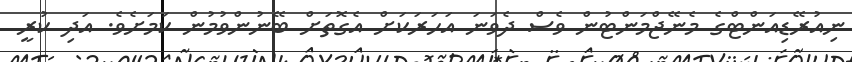
ނިއުރޭޑިއަންޓްގެ މެނޭޖްމަންޓުން ވެސް ދެވަނަ އަހަރަކަށް އެގޮތަށް ބޭނުންވުމުން ކަމަށެވެ. އަދި ކުރީ